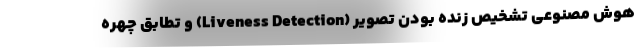
هوش مصنوعی تشخیص زنده بودن تصویر (Liveness Detection) و تطابق چهره